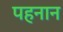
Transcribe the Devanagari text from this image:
पहनान